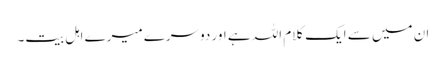
ان میں سے ایک کلام اللہ ہے اور دوسرے میرے اہل بیت۔